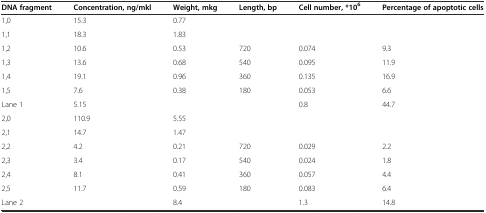
| DNA fragment | Concentration, ng/mkl | Weight, mkg | Length, bp | Cell number, *106 | Percentage of apoptotic cells |
 | --- | --- | --- | --- | --- | --- |
 | 1,0 | 15.3 | 0.77 |  |  |  |
 | 1,1 | 18.3 | 1.83 |  |  |  |
 | 1,2 | 10.6 | 0.53 | 720 | 0.074 | 9.3 |
 | 1,3 | 13.6 | 0.68 | 540 | 0.095 | 11.9 |
 | 1,4 | 19.1 | 0.96 | 360 | 0.135 | 16.9 |
 | 1,5 | 7.6 | 0.38 | 180 | 0.053 | 6.6 |
 | Lane 1 | 5.15 |  |  | 0.8 | 44.7 |
 | 2,0 | 110.9 | 5.55 |  |  |  |
 | 2,1 | 14.7 | 1.47 |  |  |  |
 | 2,2 | 4.2 | 0.21 | 720 | 0.029 | 2.2 |
 | 2,3 | 3.4 | 0.17 | 540 | 0.024 | 1.8 |
 | 2,4 | 8.1 | 0.41 | 360 | 0.057 | 4.4 |
 | 2,5 | 11.7 | 0.59 | 180 | 0.083 | 6.4 |
 | Lane 2 |  | 8.4 |  | 1.3 | 14.8 |